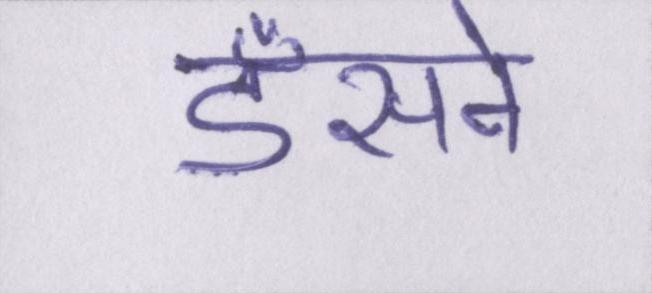
डँसने